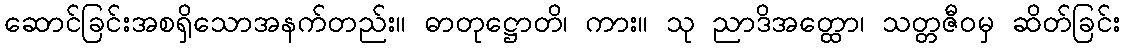
ဆောင်ခြင်းအစရှိသောအနက်တည်း။ ဓာတုဋ္ဌောတိ၊ ကား။ သု ညာဒိအတ္ထော၊ သတ္တဇီဝမှ ဆိတ်ခြင်း